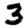
Digit: 3